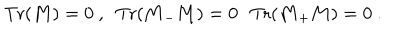
\mathrm { T r } ( { \bf M } ) = 0 \ , \ \ \mathrm { T r } ( { \bf M } _ { - } { \bf M } ) = 0 \, \ \ \mathrm { T r } ( { \bf M } _ { + } { \bf M } ) = 0 \ .